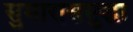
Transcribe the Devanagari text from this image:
सुमाराससुद्धा